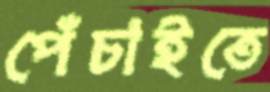
পেঁচাইতে